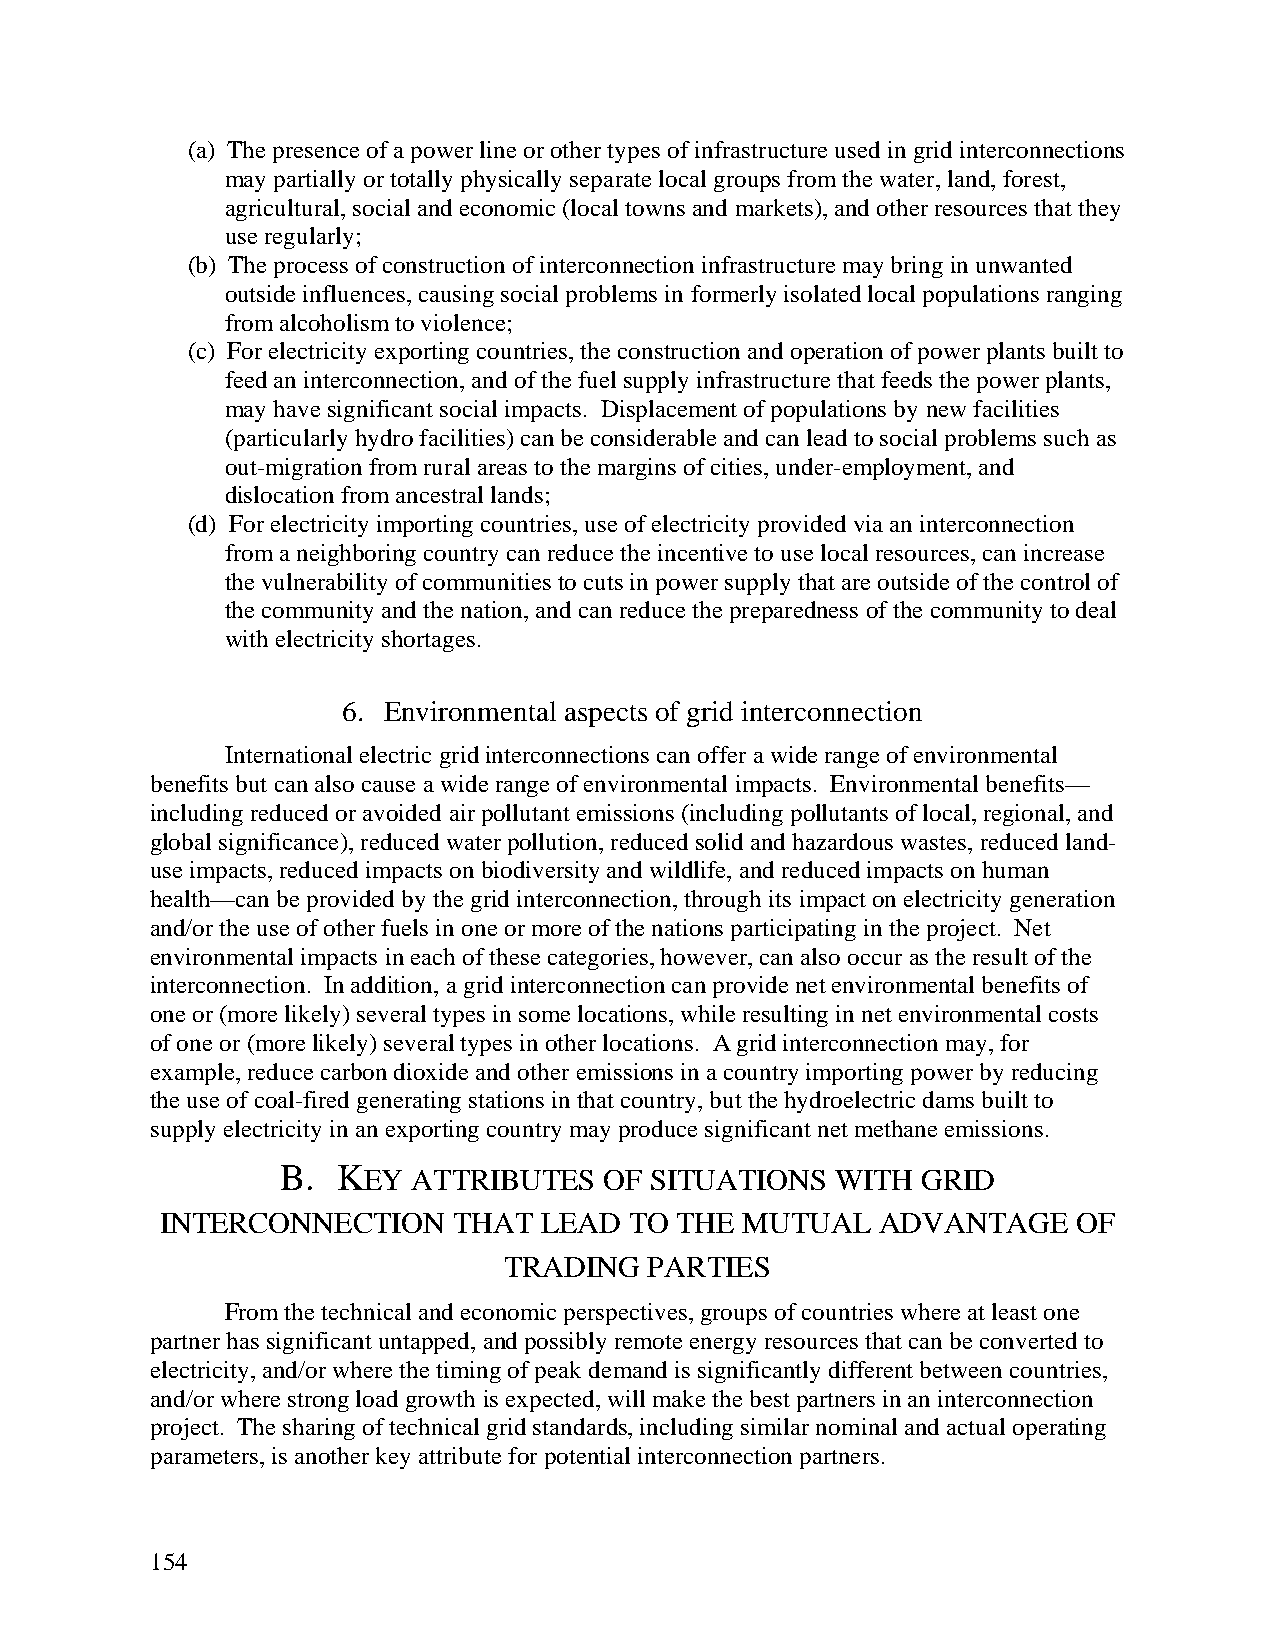
(a) The presence of a power line or other types of infrastructure used in grid interconnections
 may partially or totally physically separate local groups from the water, land, forest,
 agricultural, social and economic (local towns and markets), and other resources that they
 use regularly;
 (b) The process of construction of interconnection infrastructure may bring in unwanted
 outside influences, causing social problems in formerly isolated local populations ranging
 from alcoholism to violence;
 (c) For electricity exporting countries, the construction and operation of power plants built to
 feed an interconnection, and of the fuel supply infrastructure that feeds the power plants,
 may have significant social impacts. Displacement of populations by new facilities
 (particularly hydro facilities) can be considerable and can lead to social problems such as
 out-migration from rural areas to the margins of cities, under-employment, and
 dislocation from ancestral lands;
 (d) For electricity importing countries, use of electricity provided via an interconnection
 from a neighboring country can reduce the incentive to use local resources, can increase
 the vulnerability of communities to cuts in power supply that are outside of the control of
 the community and the nation, and can reduce the preparedness of the community to deal
 with electricity shortages.
 6. Environmental aspects of grid interconnection
 International electric grid interconnections can offer a wide range of environmental
 benefits but can also cause a wide range of environmental impacts. Environmental benefits—
 including reduced or avoided air pollutant emissions (including pollutants of local, regional, and
 global significance), reduced water pollution, reduced solid and hazardous wastes, reduced land-
 use impacts, reduced impacts on biodiversity and wildlife, and reduced impacts on human
 health—can be provided by the grid interconnection, through its impact on electricity generation
 and/or the use of other fuels in one or more of the nations participating in the project. Net
 environmental impacts in each of these categories, however, can also occur as the result of the
 interconnection. In addition, a grid interconnection can provide net environmental benefits of
 one or (more likely) several types in some locations, while resulting in net environmental costs
 of one or (more likely) several types in other locations. A grid interconnection may, for
 example, reduce carbon dioxide and other emissions in a country importing power by reducing
 the use of coal-fired generating stations in that country, but the hydroelectric dams built to
 supply electricity in an exporting country may produce significant net methane emissions.
 B. KEY  ATTRIBUTES   OF SITUATIONS  WITH  GRID
 INTERCONNECTION    THAT  LEAD  TO THE MUTUAL   ADVANTAGE    OF
 TRADING   PARTIES
 From the technical and economic perspectives, groups of countries where at least one
 partner has significant untapped, and possibly remote energy resources that can be converted to
 electricity, and/or where the timing of peak demand is significantly different between countries,
 and/or where strong load growth is expected, will make the best partners in an interconnection
 project. The sharing of technical grid standards, including similar nominal and actual operating
 parameters, is another key attribute for potential interconnection partners.
 154